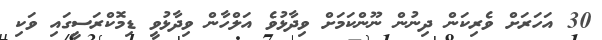
30 އަހަރަށް ވެރިކަން ދިނުން ނޫންކަމަށް ވިދާޅުވެ އަލްހާން ވިދާޅުވީ ޑިމޮކްރަސީގައި ވަކި